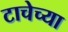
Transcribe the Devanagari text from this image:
टाचेच्या